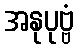
အနုပုဗ္ဗံ